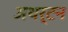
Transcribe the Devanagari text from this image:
अथर्टन